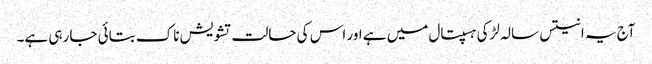
آج یہ انتیس سالہ لڑکی ہسپتال میں ہے اور اس کی حالت تشویش ناک بتائی جا رہی ہے۔